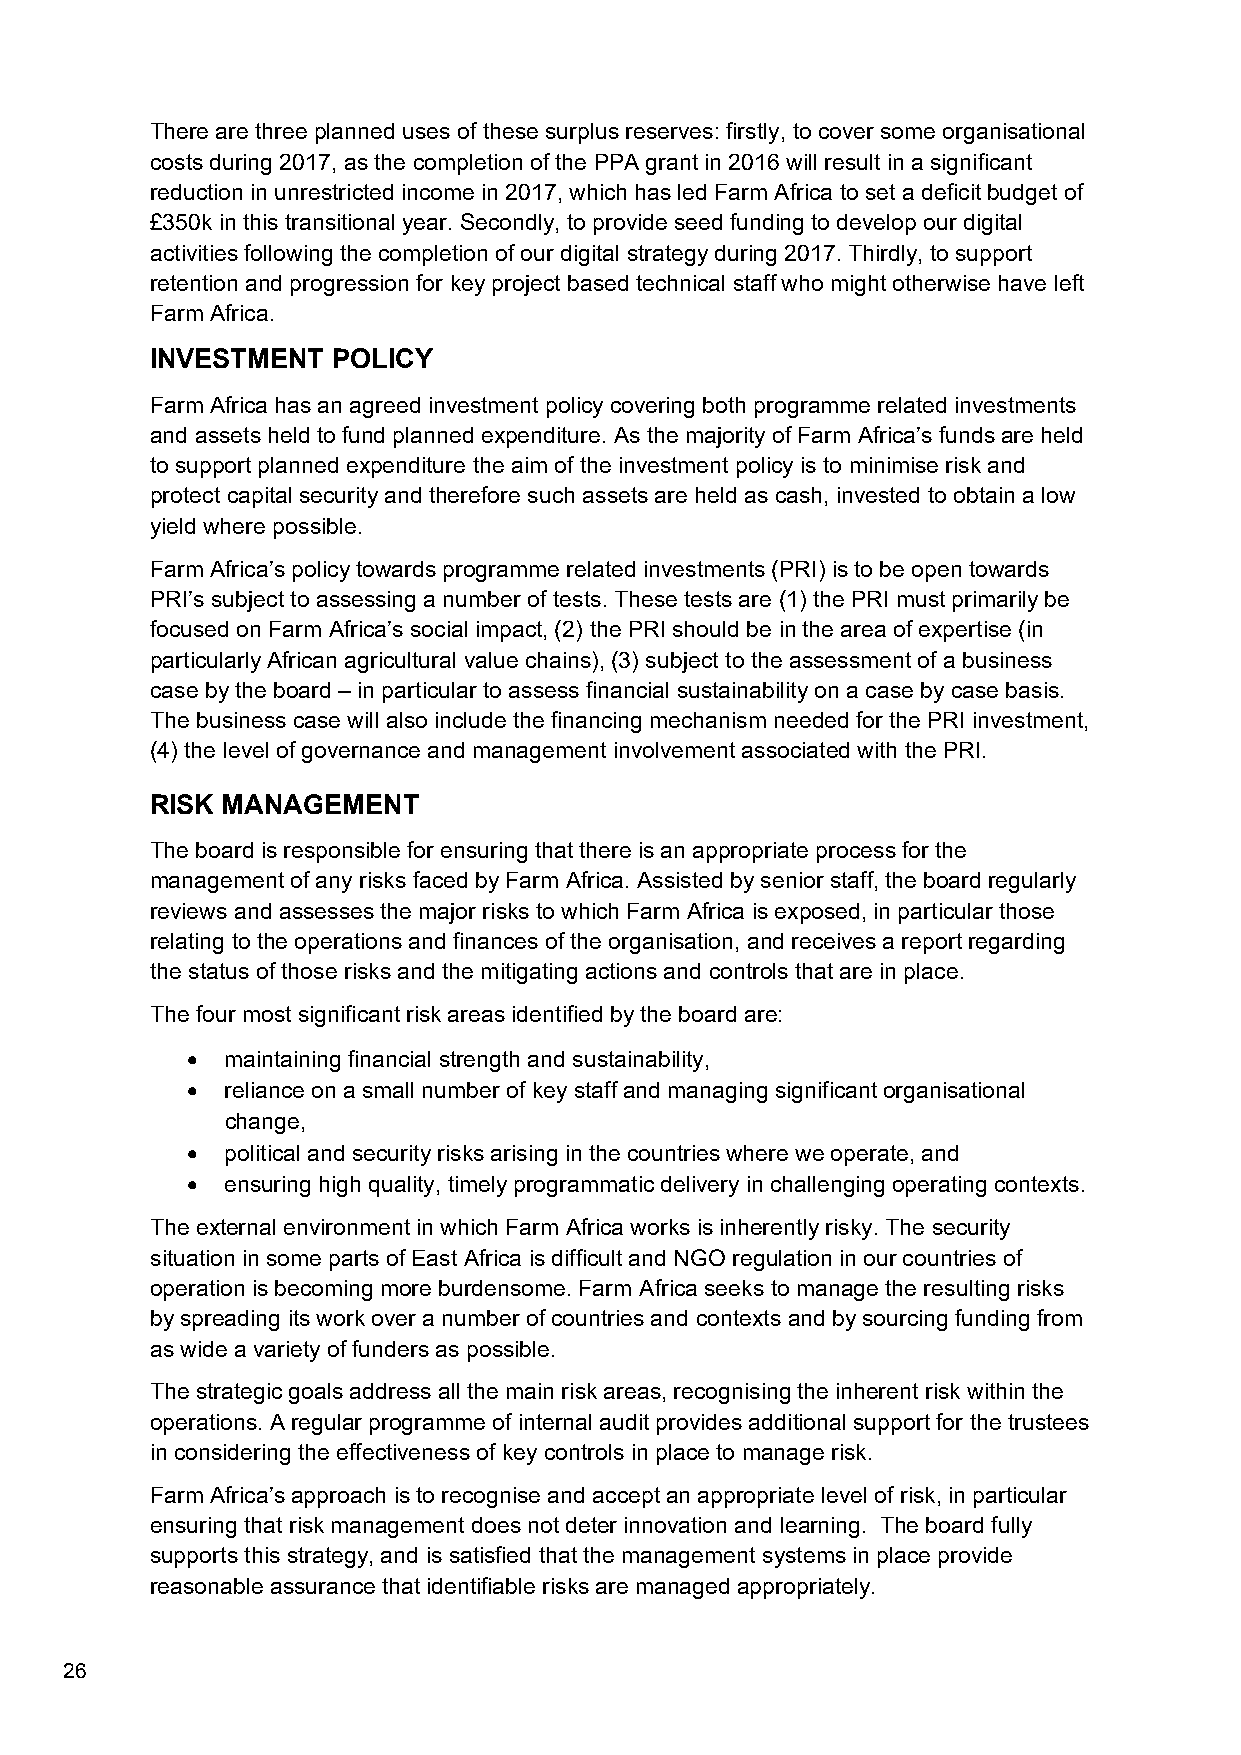
There are three planned uses of these surplus reserves: firstly, to cover some organisational
 costs during 2017, as the completion of the PPA grant in 2016 will result in a significant
 reduction in unrestricted income in 2017, which has led Farm Africa to set a deficit budget of
 £350k in this transitional year. Secondly, to provide seed funding to develop our digital
 activities following the completion of our digital strategy during 2017. Thirdly, to support
 retention and progression for key project based technical staff who might otherwise have left
 Farm Africa.
 INVESTMENT  POLICY
 Farm Africa has an agreed investment policy covering both programme related investments
 and assets held to fund planned expenditure. As the majority of Farm Africa’s funds are held
 to support planned expenditure the aim of the investment policy is to minimise risk and
 protect capital security and therefore such assets are held as cash, invested to obtain a low
 yield where possible.
 Farm Africa’s policy towards programme related investments (PRI) is to be open towards
 PRI’s subject to assessing a number of tests. These tests are (1) the PRI must primarily be
 focused on Farm Africa’s social impact, (2) the PRI should be in the area of expertise (in
 particularly African agricultural value chains), (3) subject to the assessment of a business
 case by the board – in particular to assess financial sustainability on a case by case basis.
 The business case will also include the financing mechanism needed for the PRI investment,
 (4) the level of governance and management involvement associated with the PRI.
 RISK MANAGEMENT
 The board is responsible for ensuring that there is an appropriate process for the
 management of any risks faced by Farm Africa. Assisted by senior staff, the board regularly
 reviews and assesses the major risks to which Farm Africa is exposed, in particular those
 relating to the operations and finances of the organisation, and receives a report regarding
 the status of those risks and the mitigating actions and controls that are in place.
 The four most significant risk areas identified by the board are:
   maintaining financial strength and sustainability,
   reliance on a small number of key staff and managing significant organisational
 change,
   political and security risks arising in the countries where we operate, and
   ensuring high quality, timely programmatic delivery in challenging operating contexts.
 The external environment in which Farm Africa works is inherently risky. The security
 situation in some parts of East Africa is difficult and NGO regulation in our countries of
 operation is becoming more burdensome. Farm Africa seeks to manage the resulting risks
 by spreading its work over a number of countries and contexts and by sourcing funding from
 as wide a variety of funders as possible.
 The strategic goals address all the main risk areas, recognising the inherent risk within the
 operations. A regular programme of internal audit provides additional support for the trustees
 in considering the effectiveness of key controls in place to manage risk.
 Farm Africa’s approach is to recognise and accept an appropriate level of risk, in particular
 ensuring that risk management does not deter innovation and learning. The board fully
 supports this strategy, and is satisfied that the management systems in place provide
 reasonable assurance that identifiable risks are managed appropriately.
 26